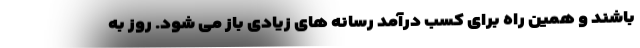
باشند و همین راه برای کسب درآمد رسانه های زیادی باز می شود. روز به